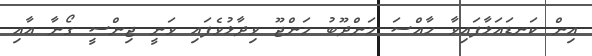
އިން ކަނޑައަޅާފައިވާ ހާއްސަ މަންދޫބު މަންޖޫ ވިދާޅުވެފައި ވަނީ ޖިންސީ ގޯނާ އާއި